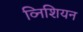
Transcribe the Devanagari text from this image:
व्निशियन